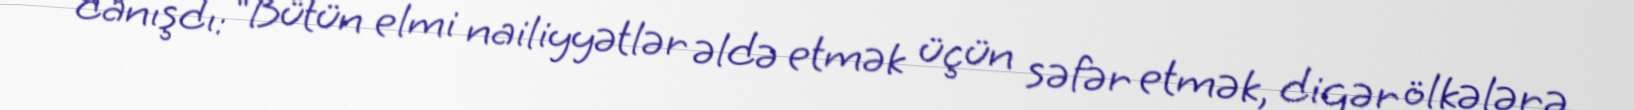
danışdı: “Bütün elmi nailiyyətlər əldə etmək üçün səfər etmək, digər ölkələrə